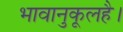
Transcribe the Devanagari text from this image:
भावानुकूलहै।